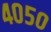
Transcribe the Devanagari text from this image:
४०५०